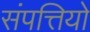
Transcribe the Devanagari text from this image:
संपत्तियो